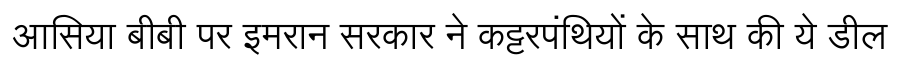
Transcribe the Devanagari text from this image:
आसिया बीबी पर इमरान सरकार ने कट्टरपंथियों के साथ की ये डील